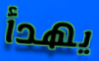
يهدأ